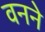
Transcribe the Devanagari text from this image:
वनने